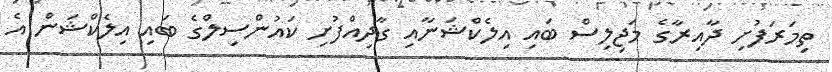
ތިމަރަފުށި ދާއިރާގެ މަޖިލިސް ބައި އިލެކްޝަނާއި ގާދިއްފުށި ކައުންސިލްގެ ބައި އިލެކްޝަން އެ